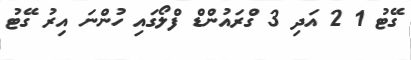
ގޭޓު 1 2 އަދި 3 ގްރައުންޑް ފްލޯގައި ހުންނަ އިރު ގޭޓު